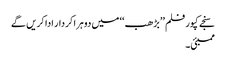
سنجے کپور فلم ’’بڑھب ‘‘ میں دوہرا کردار ادا کریں گے
ممبئی۔